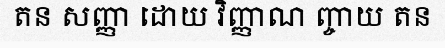
តន សញ្ញា ដោយ វិញ្ញាណ ញ្ចាយ តន